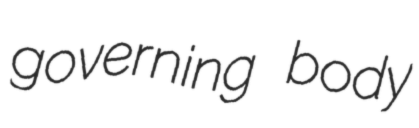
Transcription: governing body